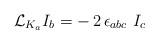
LaTeX: \begin{align*}{\cal L}_{K_a} I_b = -\, 2\, \epsilon_{abc}\ I_c\end{align*}